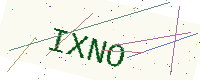
Text: IXNO